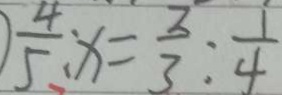
\frac { 4 } { 5 } : x = \frac { 2 } { 3 } : \frac { 1 } { 4 }